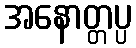
အနောတ္တပ္ပ